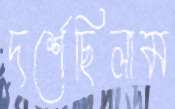
দর্শেছিলাম